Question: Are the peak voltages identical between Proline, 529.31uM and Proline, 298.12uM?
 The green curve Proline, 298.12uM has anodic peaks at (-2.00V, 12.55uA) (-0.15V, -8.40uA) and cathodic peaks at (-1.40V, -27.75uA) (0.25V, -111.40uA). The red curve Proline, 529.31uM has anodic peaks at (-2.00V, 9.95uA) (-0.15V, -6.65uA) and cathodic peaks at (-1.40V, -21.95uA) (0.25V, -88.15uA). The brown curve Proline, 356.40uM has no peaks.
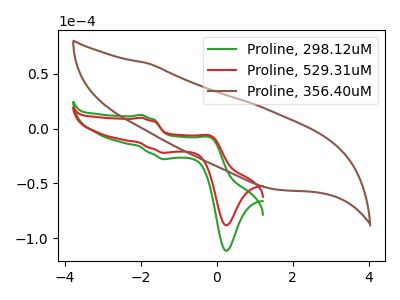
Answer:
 <answer>Yes, "Proline, 529.31uM" have a peak in "Proline, 298.12uM" at the same potential.</answer>
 <eval>match</eval>